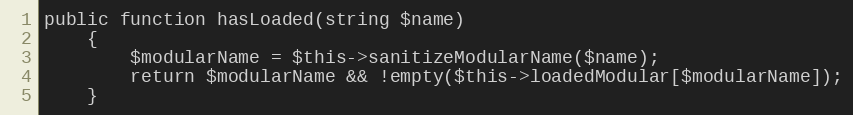
Language: PHP
public function hasLoaded(string $name)
    {
        $modularName = $this->sanitizeModularName($name);
        return $modularName && !empty($this->loadedModular[$modularName]);
    }